Report on the working of the Ranchi Indian Mental Hospital, Kanke, in Bihar and Orissa - 1930-1940
Year: 1930
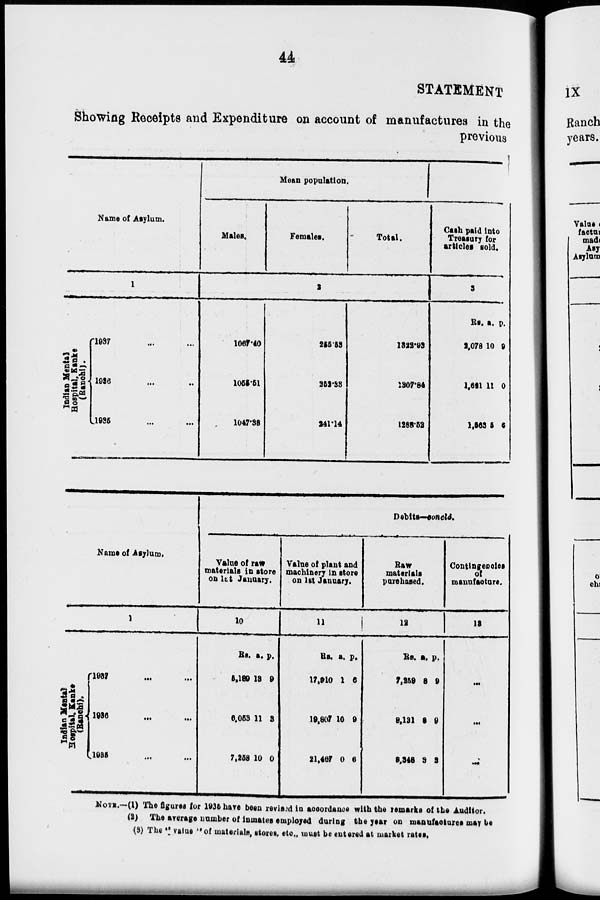
44
STATEMENT
Showing Receipts and Expenditure on account of manufactures in the
previous
Name of Asylum.
1
Indian Mental
Hospital, Kanke
(Ranchi).
1937 ... ...
1936 ... ...
1935 ... ...
Mean population.
Males.
1067.40
1055.51
1047.38
Females.
2
255.53
252.33
241.14
Total.
1322.93
1307.84
1288.52
Cash paid into
Treasury for
articles sold.
3
Be.
2,078
1,631
1,563
a.
10
11
5
P.
9
0
6
Name of Asylum.
1
Indian Mental
Hospital, Kanke
(Ranchi).
1937
...
...
1936
...
...
1935 ... ...
Debits—concld.
Value of raw
materials in store
on let January.
10
Rs.
5,189
6,053
7,258
a.
18
11
10
p.
9
3
0
Value of plant and
machinery in store
on 1st January.
11
Rs.
17,910
10,807
21,467
a.
1
10
0
p.
6
9
6
Raw
materials
purchased.
12
Rs.
7,259
8,181
8,348
a.
8
8
3
p.
9
9
3
Contingencies
of
manufacture.
19
...
...
...
NOTE.—(1) The figures for 1935 have been revised in accordance with the remarks of the Auditor.
(2) The average number of inmates employed during the year on manufactures may be
(3) The '' value '' of materials, stores, etc., must be entered at market rates.